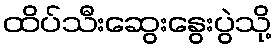
ထိပ်သီးဆွေးနွေးပွဲသို့